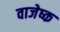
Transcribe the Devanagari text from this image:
वाजेष्क